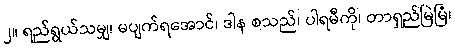
၂။ ရည်ရွယ်သမျှ၊ မပျက်ရအောင်၊ ဒါန စသည်၊ ပါရမီကို၊ တာရှည်မြဲမြံ၊